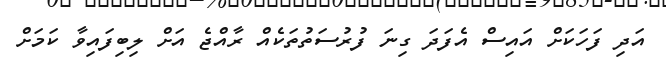
އަދި ފަހަކަށް އައިސް އެފަދަ ގިނަ ފުރުސަތުތަކެއް ރާއްޖެ އަށް ލިބިފައިވާ ކަމަށް